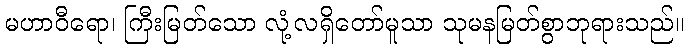
မဟာဝီရော၊ ကြီးမြတ်သော လုံ့လရှိတော်မူသာ သုမနမြတ်စွာဘုရားသည်။